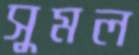
সুমল